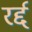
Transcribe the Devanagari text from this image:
रर्द्द